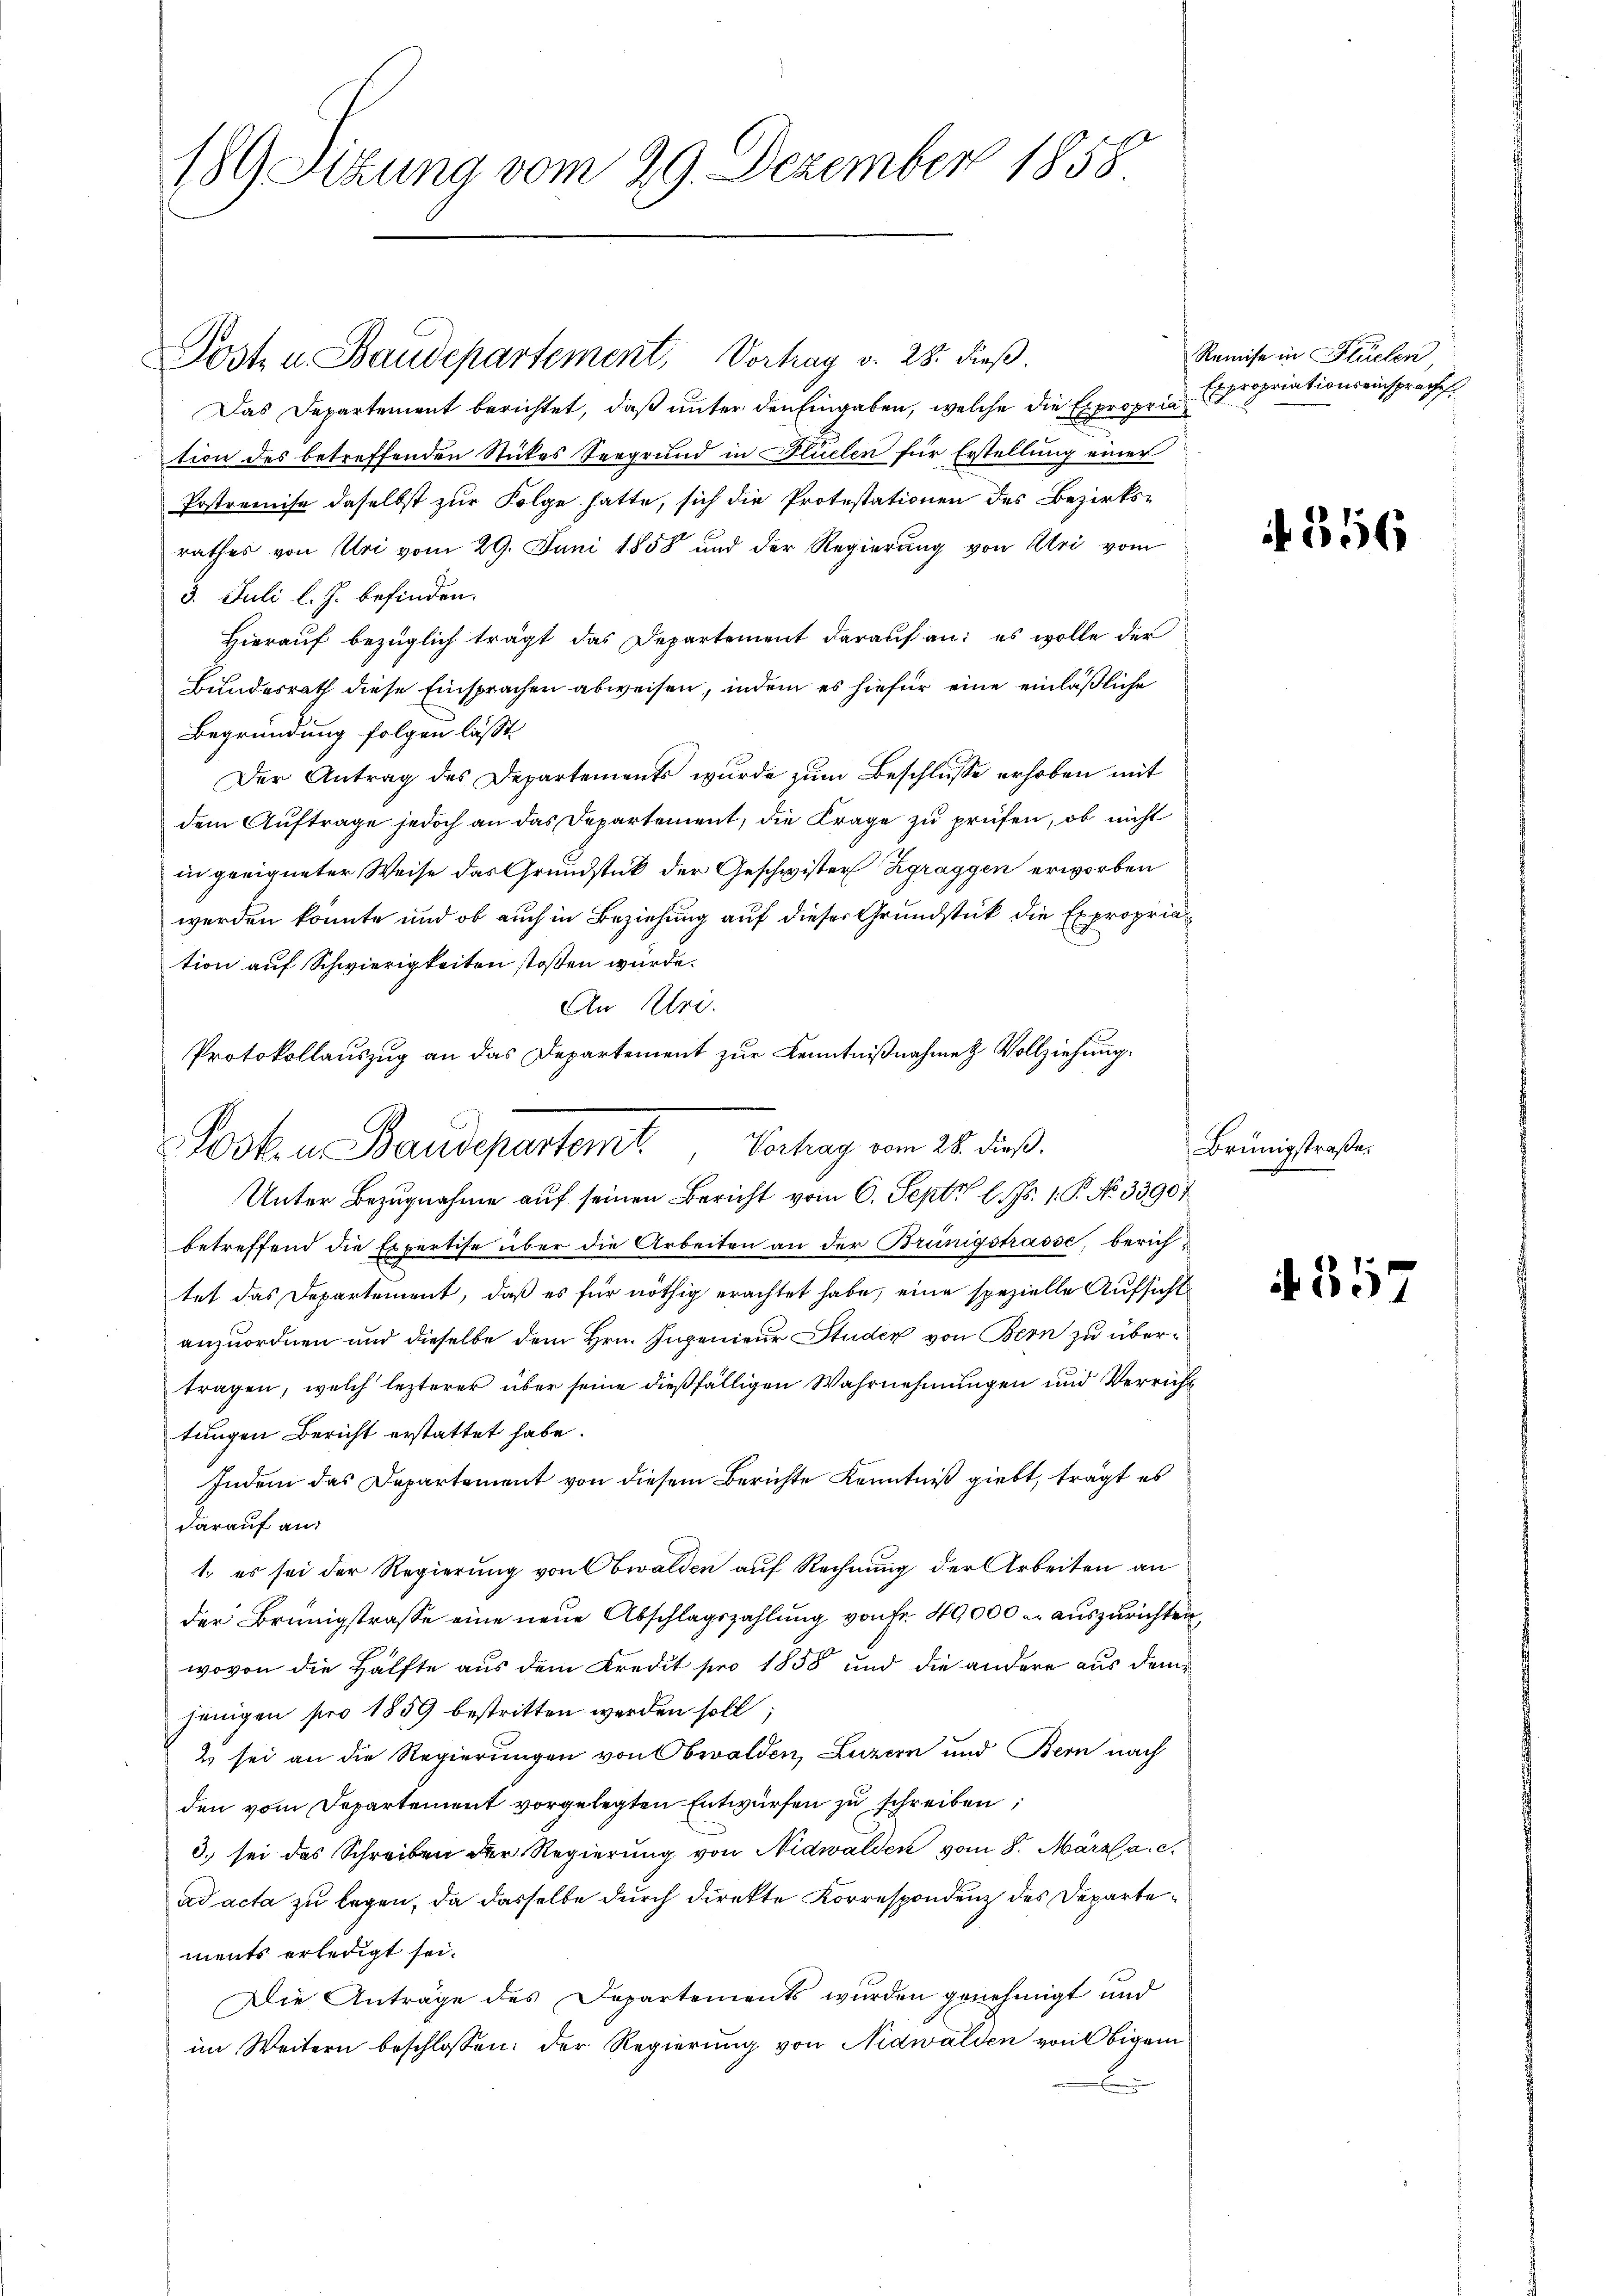
Post u. Baudepartement, Vortrag v. 28. dieβ.
Das Departement berichtet, daß unter den Eingaben, welche die Expropriation des betreffenden Stickes Seegrund in Fluchen für Erstellung einer
Postremise daselbst zur Folge hatte, sich die Protestationen des Bezirksrathes von Uri vom 29. Juni 1858 und der Regierung von Uri vom
3. Juli l. J. befinden.
Hierauf bezüglich trägt das Departement darauf an: es wolle der
Bundesrath diese Einsprachen abweisen, indem es hiefür eine einläßliche
Begründung folgen lässt.
Der Antrag des Departements wurde zum Beschlusse erhoben mit
dem Auftrage jedoch an das Departement, die Frage zu prüfen, ob nicht
in geeigneter Weise das Grundstück der Geschwister Zgraggen erworben
werden konnte und ob auch in Beziehung auf dieser Grundstück die Expropriation auf Schwierigkeiten stoßen würde.
An Uri.
Protokollauszug an das Departement zur Kenntnißnahme Vollziehung.

189 Sitzung vom 29. Dezember 1858

Post- u Baudepartemt, Vortrag vom 28. dieß.

Remise in Flüelen
Expropriationseinspraches

Unter Bezugnahme auf seinen Bericht vom 6. Sept. l. Js. 1. P. No 33907
betreffend die Expertise über die Arbeiten an der Brünigstrasse, berichtet das Departement, daß es für nöthig erachtet habe, eine spezielle Aufsicht
anzuordnen und dieselbe dem Hrn. Ingenieur Studer von Bern zu übertragen, welch lezterer über seine dießfälligen Wahrnehmungen und Verruft
tungen Bericht erstattet habe.
Indem das Departement von diesem Berichte Kenntniß giebt, trägt es
darauf an:
1. es sei der Regierung von Obwalden auf Rechnung der Arbeiten an
der Brünigstrasse eine neue Abschlagszahlung von Fr. 49,000 er auszurichten,
wovon die Hälfte aus dem Kredit pro 1858 und die andere aus dem
jenigen pro 1859 bestritten werden soll
2 sei an die Regierungen von Obwalden, Luzern und Bern nach
den vom Departement vorgelegten Entwürfen zu schreiben,
d. sei das Schreiben der Regierung von Nidwalden vom 8. März a. c.
ad acta zu legen, da dasselbe durch direkte Korrespondenz des Departements erledigt sei.
Die Anträge des Departements wurden genehmigt und
im Weitern beschlossen: der Regierung von Nidwalden von Eigen

if. 556

Brünigstraße.

357